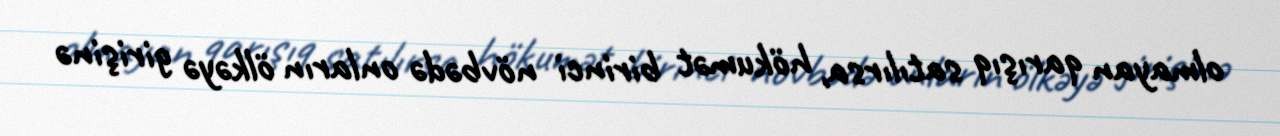
olmayan qarışıq satılırsa, hökumət birinci növbədə onların ölkəyə girişinə